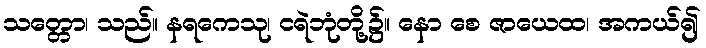
သတ္တော၊ သည်။ နရကေသု၊ ငရဲဘုံတို့၌။ နော စေ ဇာယေထ၊ အကယ်၍